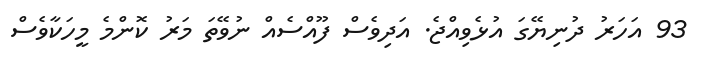
93 އަހަރު ދުނިޔޭގަ އުޅެވިއްޖެ. އަދިވެސް ފޫއްސެއް ނުވޭތަ މަރު ކޮންމެ މީހަކާވެސް